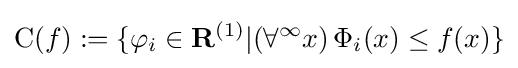
\mathrm {C} (f):=\{\varphi _{i}\in \mathbf {R} ^{(1)}|(\forall ^{\infty }x)\,\Phi _{i}(x)\leq f(x)\}